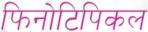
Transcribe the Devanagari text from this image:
फिनोटिपिकल